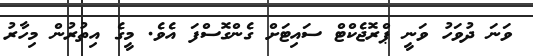
ވަނަ ދުވަހު ވަނީ ޕްރޮޖެކްޓް ސައިޓަށް ގެންގޮސްފަ އެވެ. މީގެ އިތުރުން މިހާރު